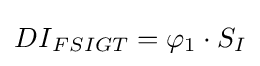
{DI}_{FSIGT}={\varphi }_{1}\cdot {S}_{I}